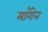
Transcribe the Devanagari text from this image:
मॉगेन